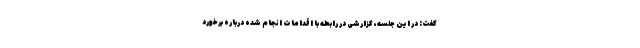
گفت: در این جلسه، گزارشی در رابطه با اقدامات انجام شده درباره برخورد